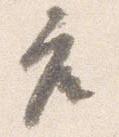
座